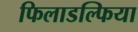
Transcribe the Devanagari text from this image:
फिलाडल्फिया